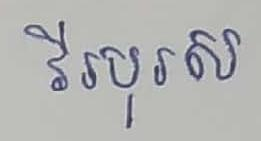
វីរបុរស